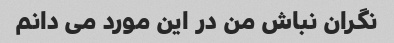
نگران نباش من در این مورد می دانم